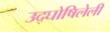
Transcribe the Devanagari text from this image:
उद्‌घोषिलेली